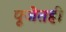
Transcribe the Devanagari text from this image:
पूजेतही